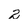
Character: 2